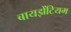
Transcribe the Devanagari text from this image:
बायझेंटियम